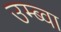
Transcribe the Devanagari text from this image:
उम्ब्वा